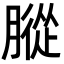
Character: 䐫